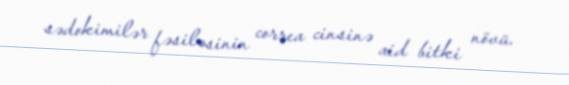
sədokimilər fəsiləsinin correa cinsinə aid bitki növü.